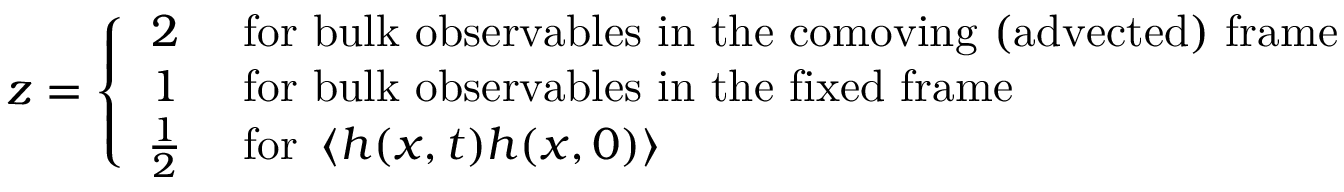
z = \left\{ \begin{array} { c l } { 2 } & { \mathrm { ~ f o r ~ b u l k ~ o b s e r v a b l e s ~ i n ~ t h e ~ c o m o v i n g ~ ( a d v e c t e d ) ~ f r a m e } } \\ { 1 } & { \mathrm { ~ f o r ~ b u l k ~ o b s e r v a b l e s ~ i n ~ t h e ~ f i x e d ~ f r a m e } } \\ { \frac 1 2 } & { \mathrm { ~ f o r ~ } \left< h ( x , t ) h ( x , 0 ) \right> } \end{array} \right.